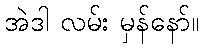
အဲဒါ လမ်း မှန်နော်။